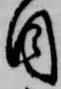
目